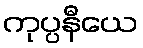
ကုပ္ပနီယေ